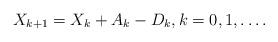
LaTeX: \begin{align*} X_{k+1} = X_k + A_k - D_k, k=0,1, \dots.\end{align*}